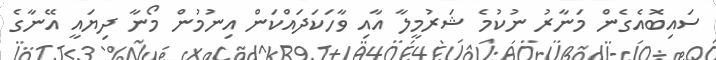
ސައިބޮއެގެން މަނާރު ނުކުމެ ޝަރުމީލާ އާއި ވާހަކަދައްކަން އިނުމުން މޯނާ ދިޔައީ އޭނާގެ